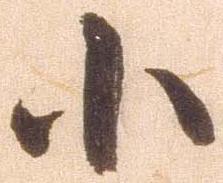
小